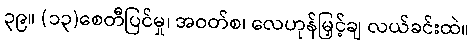
၃၉။ (၁၃)စေတီပြင်မှု၊ အဝတ်စ၊ လေဟုန်မြှင့်ချ လယ်ခင်းထဲ။